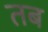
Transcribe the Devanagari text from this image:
तब